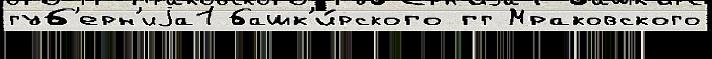
губ'ерн'иjа1 башк'и́рского гг Мраковского